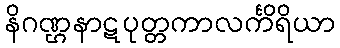
နိဂဏ္ဌနာဋပုတ္တကာလင်္ကိရိယာ